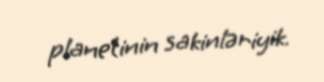
planetinin sakinləriyik.